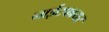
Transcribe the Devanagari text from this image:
नाईटफायर